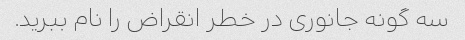
سه گونه جانوری در خطر انقراض را نام ببرید.